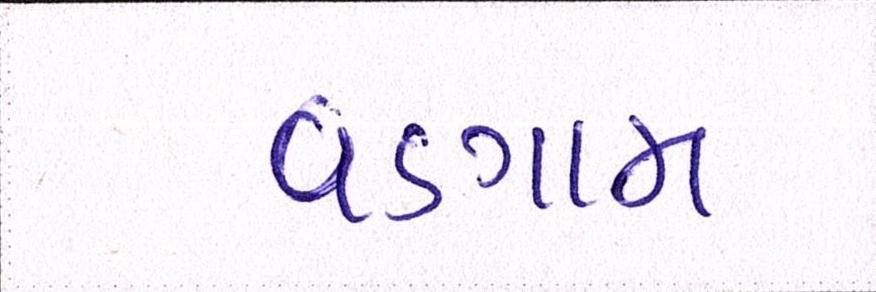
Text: વડગામ